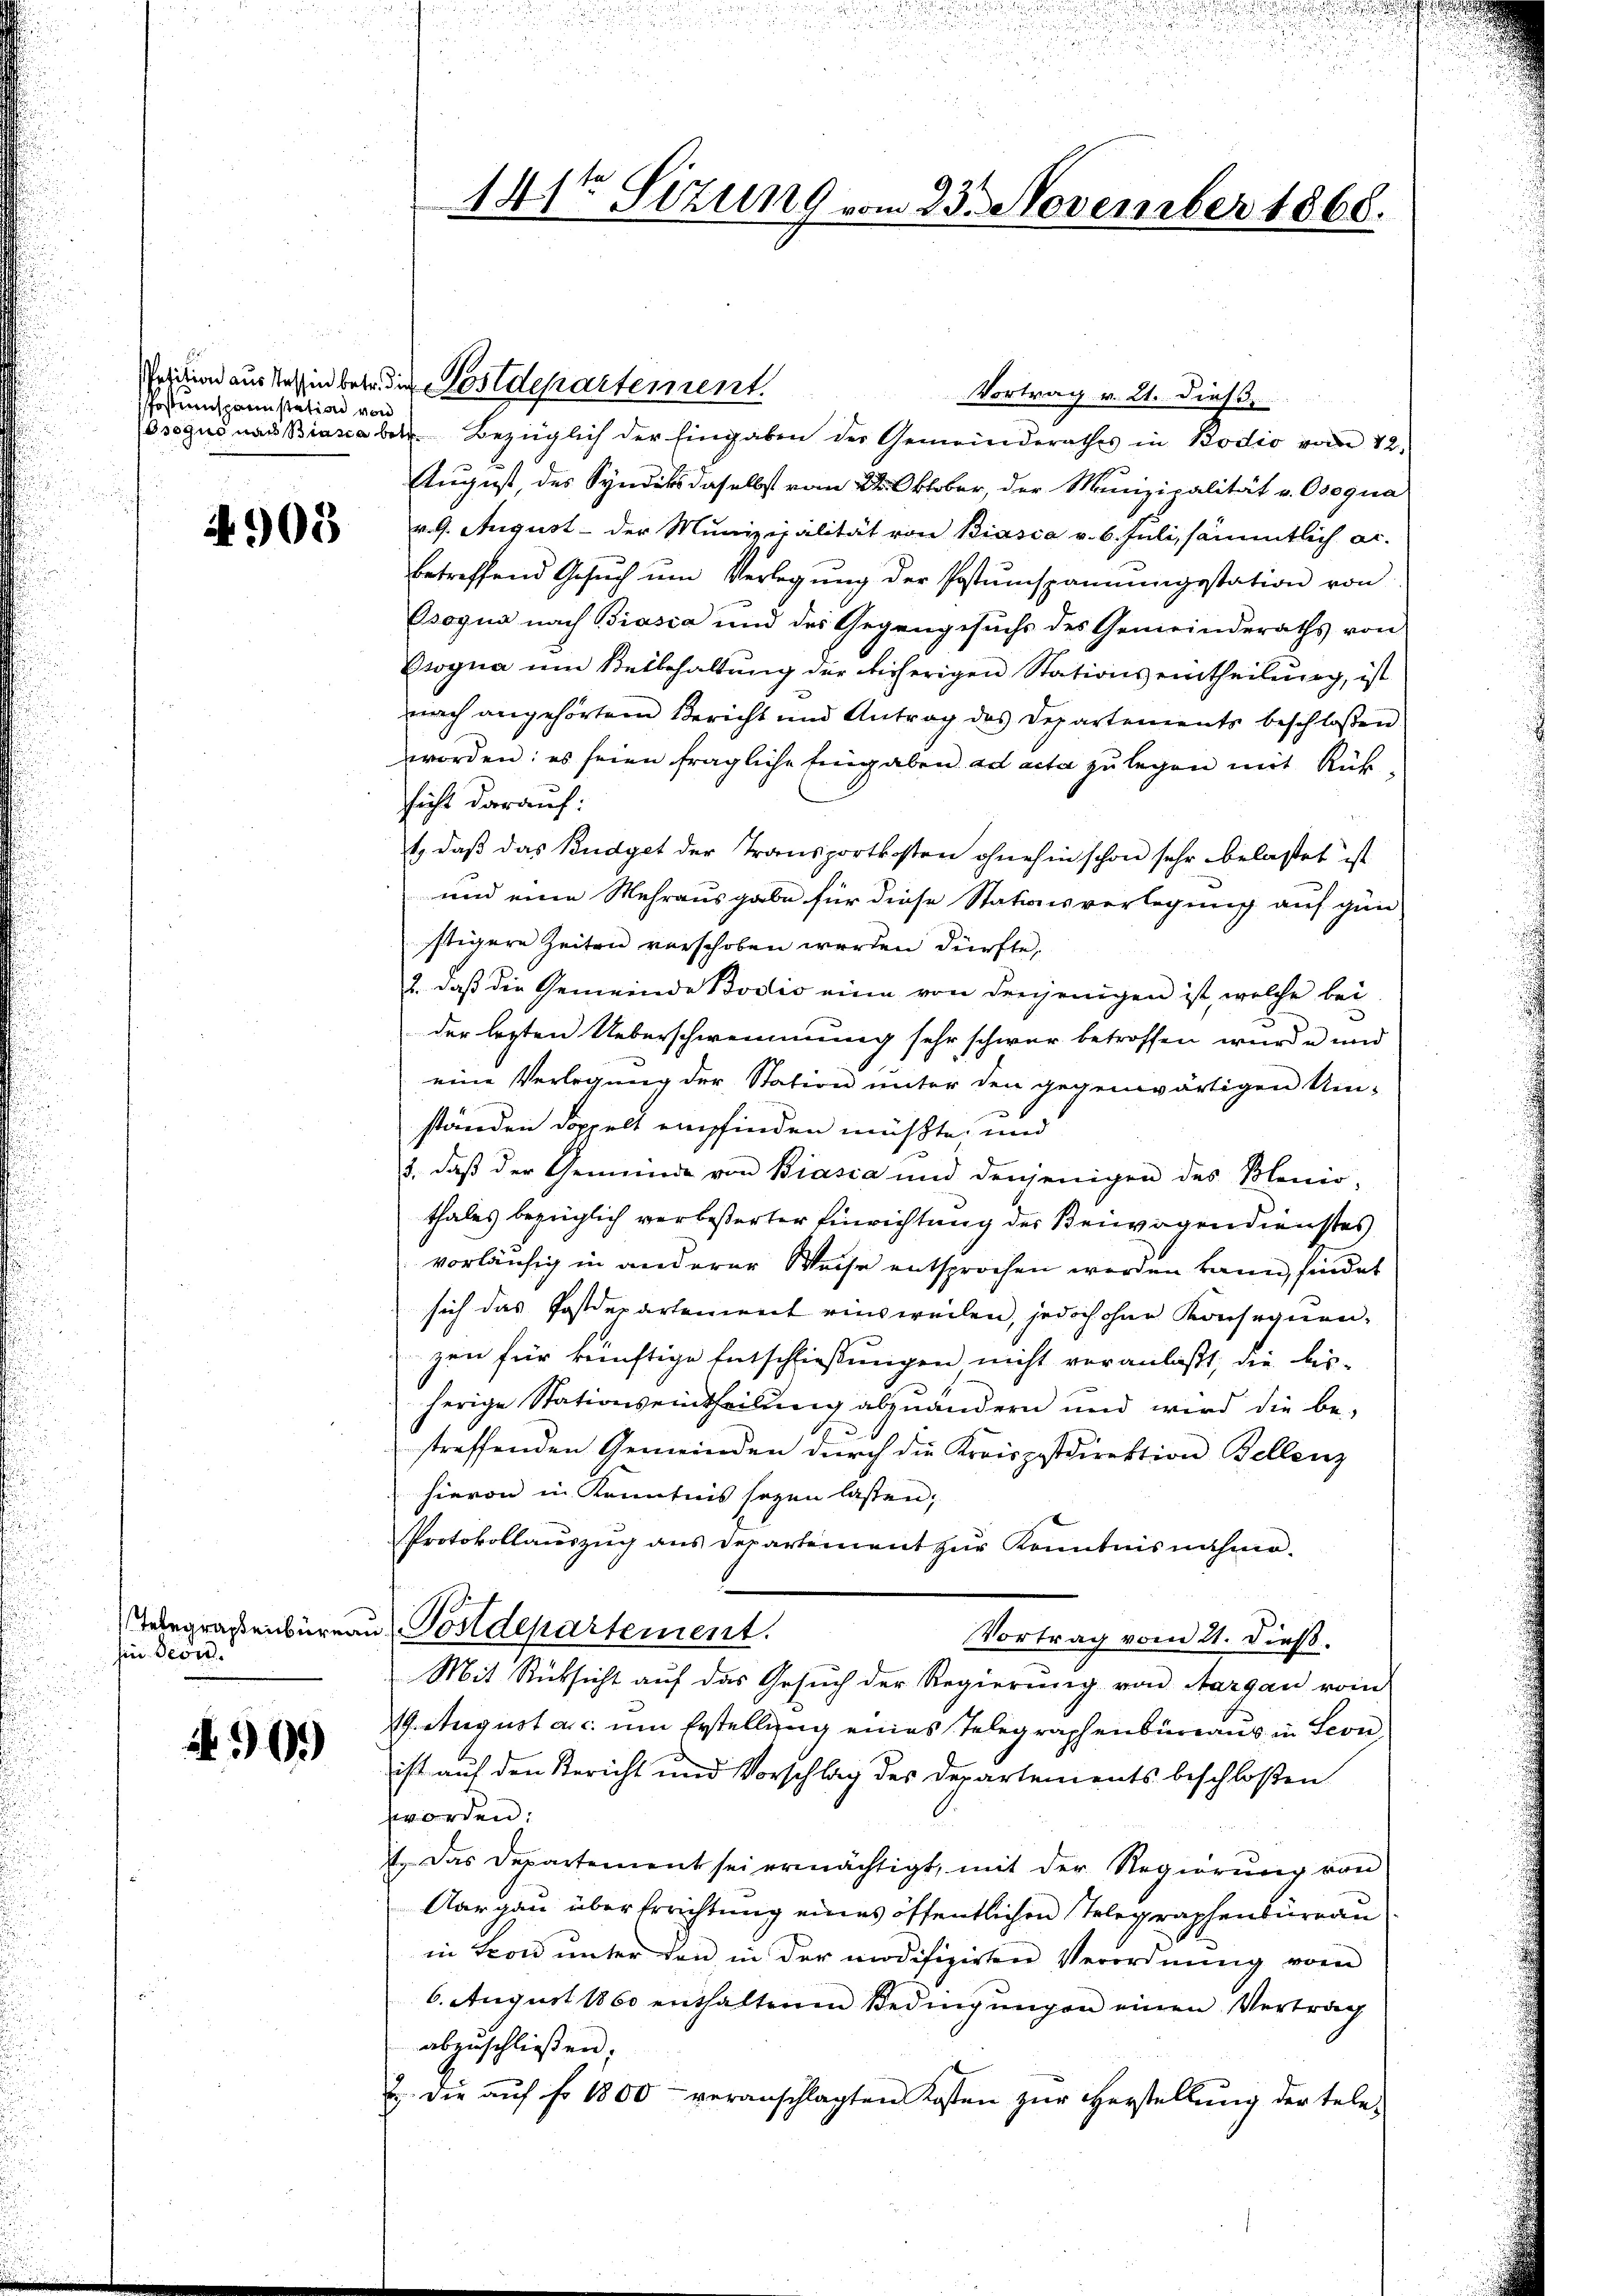
Postiumspannstation von

4905

Inbegraphenbüren
hin Dein

N.909)

141te Sitzung vom 23. November 1868.

Position aus Tessin betr. die Postdepartement.

Vortrag v. 21. dieß.
Osogus nach Biasca betr. Bezüglich der Eingaben der Gemeinderathes in Bodio vom 12.
August, des Syndiks daselbst vom 24. Oktober, der Munizipalität v. Osegua
v. 9. August - der Munizipalität von Biasca v. 6. Juli, sämmtlich ac.
betreffend Gesŭch ŭm Verlegŭng der Postŭmspannŭngsstation von
Bsogna nach Biasca und des Gegengesuchs des Gemeinderaths von
Bsogna um Beibehaltung der bisherigen Stations eintheilung, ist
nach angehörtem Bericht und Antrag des Departements beschlossen
worden: es seien fragliche Eingaben ad acta zu legen mit Rüksicht darauf:
t, daß das Budget der Transportkosten ohnehin schon sehr belastet ist
und eine Mehrausgabe für diese Stationsverlegung auf gün-
stigere Zeiten verschoben werden dürfte,
2., daß die Gemeinde Bodio eine von denjenigen ist, welche bei
der lezten Ueberschwemmung sehr schwer betroffen wurde und
eine Verlegung der Station unter den gegenwärtigen Um-
ständen doppelt empfinden müßte, und
3., daß der Gemeinde von Biasca und denjenigen des Blenio-
thales bezüglich verbeßerter Einrichtung der Beiwagen dienstes
vorläufig in anderer Weise entsprochen werden kann, findet
sich das Postdepartement einsweilen, jedoch ohne Konsequenzen für künftige Entschliessungen nicht veranlaßt, die bis-
herige Stationseintheilung abzuändern und wird die be-
streffenden Gemeinden dŭrch die Kreispostdirektion Bellenz
hievon in Kenntnis sogen lassen;
Protokollauszug aus Departement zur Kenntnisnahme.
Postdepartement.
Vortrag vom 21. dieß.
Mit Rücksicht auf das Gesuch der Regierung von Aargau vom
19. August a.c. um Erstellung eines Telegraphenbüreaus in Seon
ist auf den Bericht und Vorschlag des Departements beschloßen
worden:
t. Das Departement sei ermächtigt, mit der Regierung von
Aargau über Errichtung eines öffentlichen Telegraphenbüreau
in Leon unter den in der modifizirten Verordnung von
6. August 1860 enthaltenen Bedingungen einen Vertrag
abzuschließen:
J. die aŭf fr. 1800 veranschlagten Kosten zŭr Herstellŭng der tele-